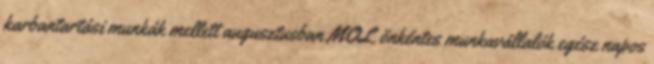
karbantartási munkák mellett augusztusban MOL önkéntes munkavállalók egész napos